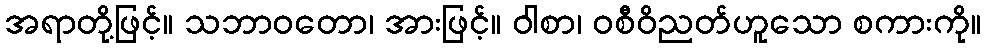
အရာတို့ဖြင့်။ သဘာဝတော၊ အားဖြင့်။ ဝါစာ၊ ဝစီဝိညတ်ဟူသော စကားကို။